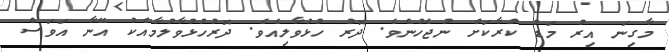
މާގިނަ އިރު މަޑު ކުރާކަށް ނުޖެހުނެވެ. ދޮރު ހުޅުވާލިއެވެ. ދޮރުހުޅުވާލުމާއެކު އޭނާ އަވަސް